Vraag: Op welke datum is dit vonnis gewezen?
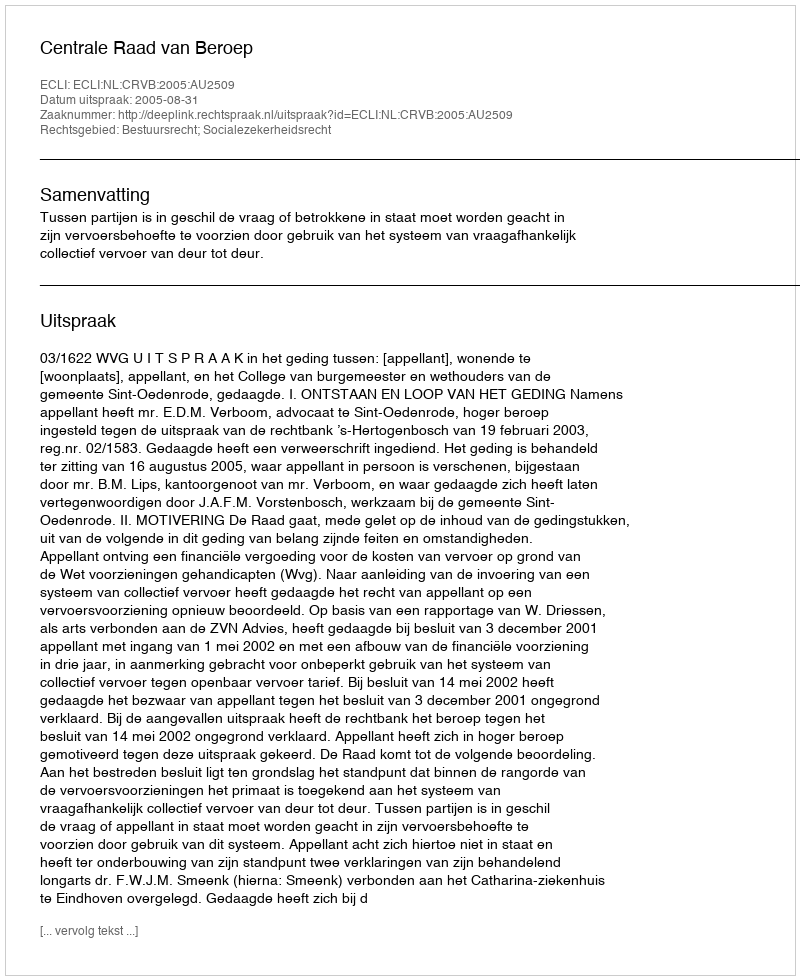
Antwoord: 2005-08-31